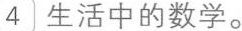
4生活中的数学。